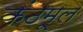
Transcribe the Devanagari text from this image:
कंठमूल